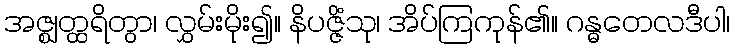
အဇ္ဈတ္ထရိတွာ၊ လွှမ်းမိုး၍။ နိပဇ္ဇိံသု၊ အိပ်ကြကုန်၏။ ဂန္ဓတေလဒီပါ၊